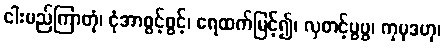
ငါးမည်ကြာတုံ၊ ငုံအာစွင့်စွင့်၊ ရေထက်မြင့်၍၊ လှတင့်ပွပွ၊ ကုမုဒဟု၊